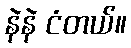
နဲနဲ ငံတယ်။